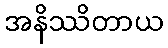
အနိဿိတာယ